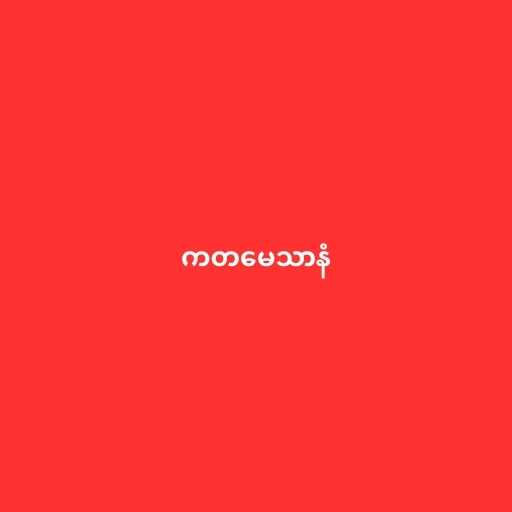
ကတမေသာနံ